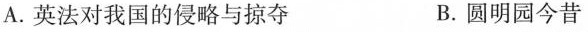
A.英法对我国的侵略与掠夺 B.圆明园今昔